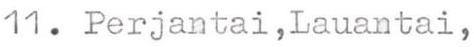
11. Perjantai,Lauantai,